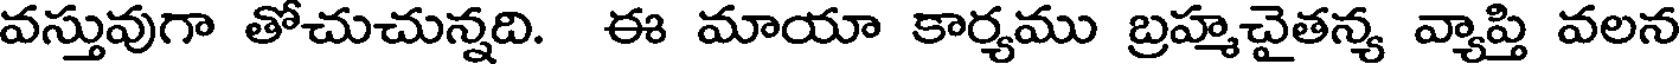
వస్తువుగా తోచుచున్నది. ఈ మాయా కార్యము బ్రహ్మచైతన్య వ్యాప్తి వలన